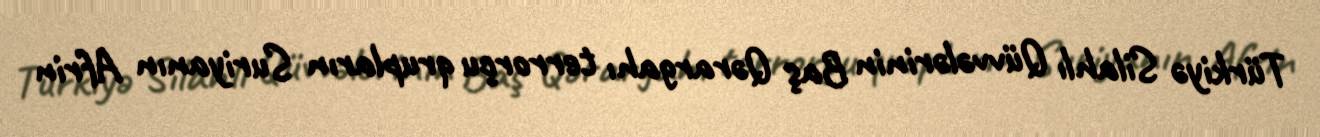
Türkiyə Silahlı Qüvvələrinin Baş Qərargahı terrorçu qrupların Suriyanın Afrin